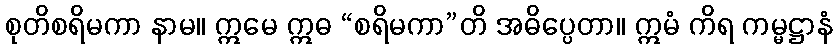
စုတိစရိမကာ နာမ။ ဣမေ ဣဓ “စရိမကာ”တိ အဓိပ္ပေတာ။ ဣမံ ကိရ ကမ္မဋ္ဌာနံ